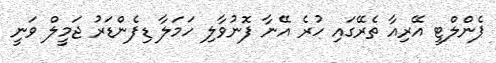
ޕެންލްޓީ އޭރިއާ ތެރޭގައި ހުރެ އޭނާ ފޮނުވާލި ހަމަލާ ޑިފެންޑަރު ޖަމީލް ވަނީ